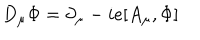
D _ { \mu } \Phi = \partial _ { \mu } - i e [ A _ { \mu } , \Phi ]